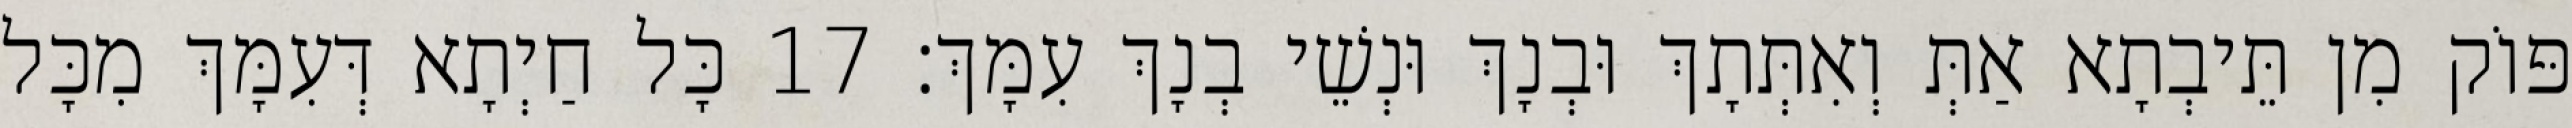
פּוֹק מִן תֵּיבְתָא אַתְּ וְאִתְּתָךְ וּבְנָךְ וּנְשֵׁי בְנָךְ עִמָּךְ׃ 17 כָּל חַיְתָא דְּעִמָּךְ מִכָּל